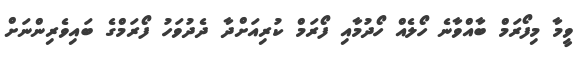
ވީމާ މިފޯރަމް ބާއްވާނެ ހޯލެއް ހޯދުމާއި ފޯރަމް ކުރިއަށްދާ ދެދުވަހު ފޯރަމްގެ ބައިވެރިންނަށް